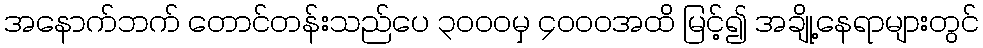
အနောက်ဘက် တောင်တန်းသည်ပေ ၃၀၀၀မှ ၄၀၀၀အထိ မြင့်၍ အချို့နေရာများတွင်